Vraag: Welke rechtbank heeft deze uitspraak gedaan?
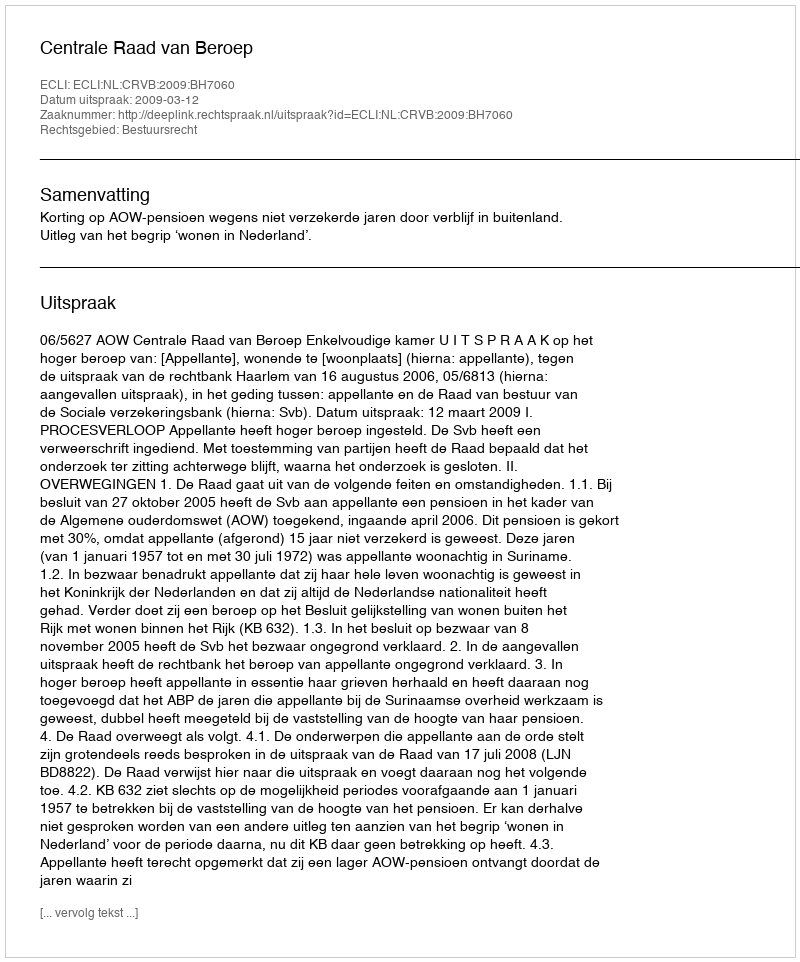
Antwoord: Centrale Raad van Beroep